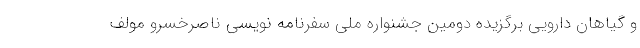
و گیاهان دارویی برگزیده دومین جشنواره ملی سفرنامه نویسی ناصرخسرو مولف